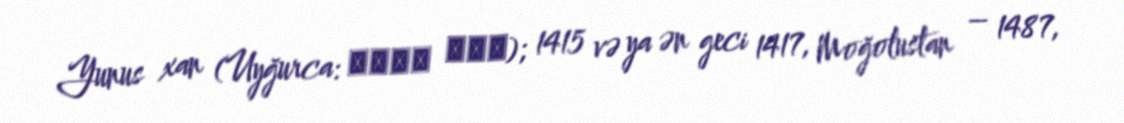
Yunus xan (Uyğurca: يونس خان); 1415 və ya ən geci 1417, Moğolustan – 1487,